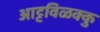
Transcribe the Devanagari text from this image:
आट्टविळक्कु